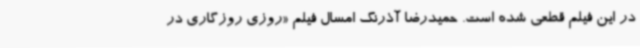
در این فیلم قطعی شده است. حمیدرضا آذرنگ امسال فیلم «روزی روزگاری در